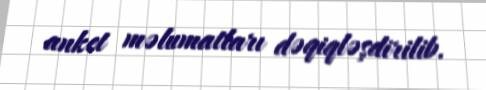
anket məlumatları dəqiqləşdirilib.